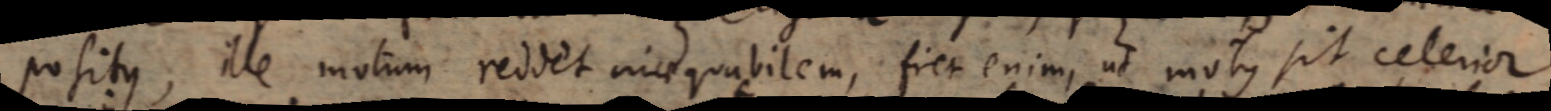
positus, ille motum reddet inaequabilem, fiet enim, ut motus sit celerior